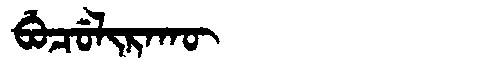
Manchu: ᠪᡠᠴᡠᠯᡳᡵᠠᡴᡡ
Romanization: BUCULIRAKŪ